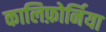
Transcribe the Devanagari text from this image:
कालिफ़ोर्निया